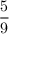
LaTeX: \frac { 5 } { 9 }